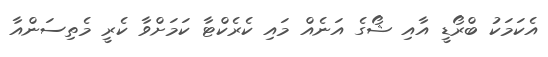
އެކަމަކު ބްރޯޑީ އާއި ޝޯގެ އަނެއް މައި ކެރެކްޓާ ކަމަށްވާ ކެރީ މެތިސަންއާ